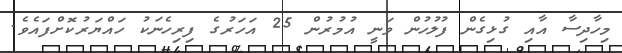
މިހާދިސާ އާއި ގުޅިގެން ފުލުހުން ވަނީ އުމުރުން 25 އަހަރުގެ ފިރިހެނަކު ހައްޔަރުކޮށްފައެވެ.